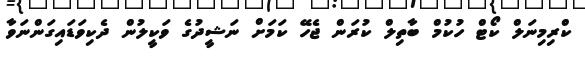
ކްރިމިނަލް ކޯޓް ހުކުމް ބާތިލް ކުރަން ޖެހޭ ކަމަށް ނަޝީދުގެ ވަކީލުން ދެކިވަޑައިގަންނަވާ